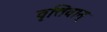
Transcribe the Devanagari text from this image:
वृत्तिवान्